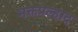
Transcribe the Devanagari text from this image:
भक्तप्रल्हाद